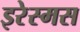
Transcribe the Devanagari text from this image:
इरेस्मस